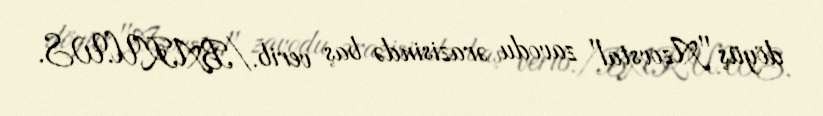
döyüş "Azovstal" zavodu ərazisində baş verib./BAKU.WS.